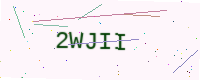
Text: 2WJII